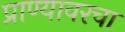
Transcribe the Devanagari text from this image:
प्राण्यावरचा